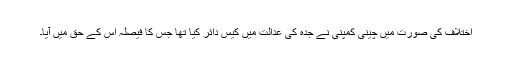
اختلاف کی صورت میں چینی کمپنی نے جدہ کی عدالت میں کیس دائر کیا تھا جس کا فیصلہ اس کے حق میں آیا۔